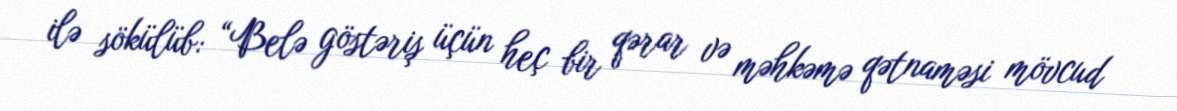
ilə sökülüb: “Belə göstəriş üçün heç bir qərar və məhkəmə qətnaməsi mövcud